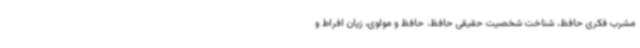
مشرب فکری حافظ، شناخت شخصیت حقیقی حافظ، حافظ و مولوی، زیان افراط و